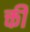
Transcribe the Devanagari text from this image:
क्ती